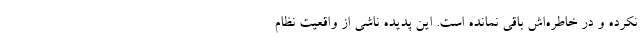
نکرده و در خاطره‌اش باقی نمانده است. این پدیده ناشی از واقعیت نظام